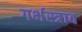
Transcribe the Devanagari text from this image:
गर्भस्त्राव